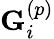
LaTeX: \mathbf{G}_{i}^{\left(p\right)}